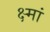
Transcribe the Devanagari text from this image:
क्ष्मां